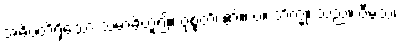
အဓိပတိရှိသော သမာဓိဟူ၍။ ဝုစ္စတိ၊ ၏။ ပ။ ဘိက္ခု၊ သည်။ ဝီမံသံ၊